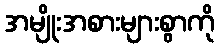
အမျိုးအစားများစွာကို